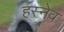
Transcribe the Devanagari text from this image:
हस्नेव